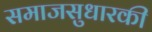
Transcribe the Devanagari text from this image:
समाजसुधारकी